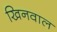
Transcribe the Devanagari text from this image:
खिनवाल